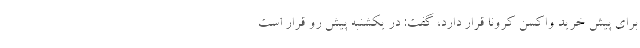
برای پیش خرید واکسن کرونا قرار دارد، گفت: در یکشنبه پیش رو قرار است